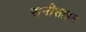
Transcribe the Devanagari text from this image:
सनीसाइड